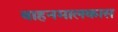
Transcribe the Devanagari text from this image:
वाहनमालकास